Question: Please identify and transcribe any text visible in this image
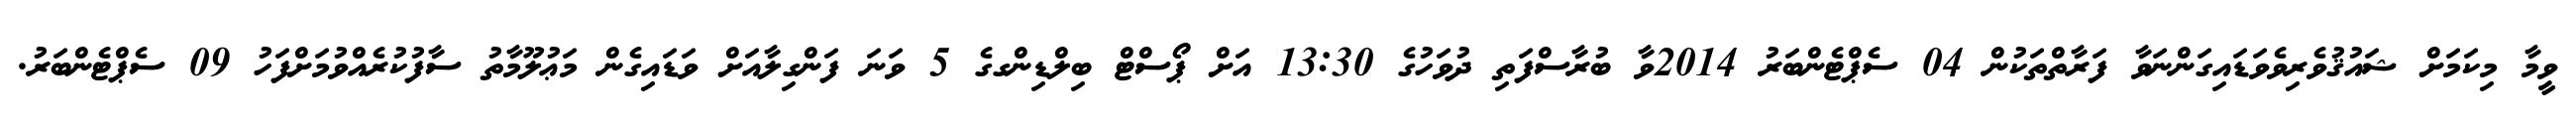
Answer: ވީމާ މިކަމަށް ޝައުޤުވެރިވެވަޑައިގަންނަވާ ފަރާތްތަކުން 04 ސެޕްޓެންބަރު 2014ވާ ބުރާސްފަތި ދުވަހުގެ 13:30 އަށް ޕޯސްޓް ބިލްޑިންގގެ 5 ވަނަ ފަންގިލާއަށް ވަޑައިގެން މަޢުލޫމާތު ސާފުކުރެއްވުމަށްފަހު 09 ސެޕްޓެންބަރު.